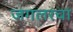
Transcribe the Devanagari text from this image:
जगलरचा